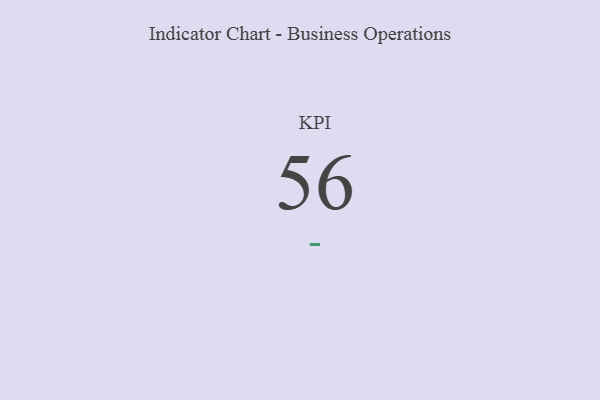
{"axis": {"x": "KPI", "y": "Value"}, "legend": [""], "data": [{"x": "KPI", "y": 56, "type": ""}]}